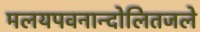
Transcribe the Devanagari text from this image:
मलयपवनान्दोलितजले